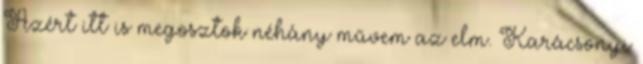
Azért itt is megosztok néhány művem az elm. Karácsonyi